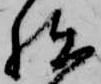
拙